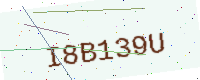
Text: I8B139U